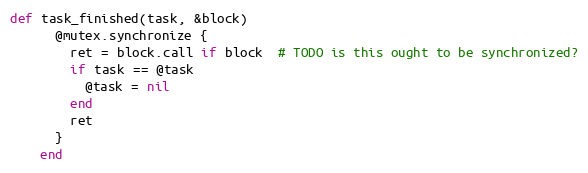
Language: Ruby
def task_finished(task, &block)
      @mutex.synchronize {
        ret = block.call if block  # TODO is this ought to be synchronized?
        if task == @task
          @task = nil
        end
        ret
      }
    end